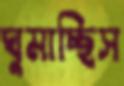
ঘুমাচ্ছিস